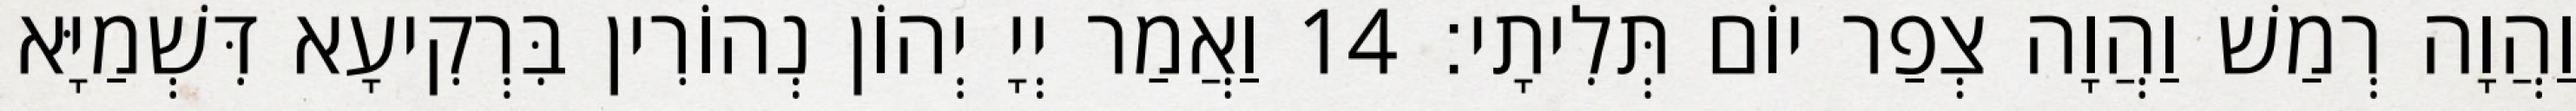
וַהֲוָה רְמַשׁ וַהֲוָה צְפַר יוֹם תְּלִיתָי׃ 14 וַאֲמַר יְיָ יְהוֹן נְהוֹרִין בִּרְקִיעָא דִּשְׁמַיָּא